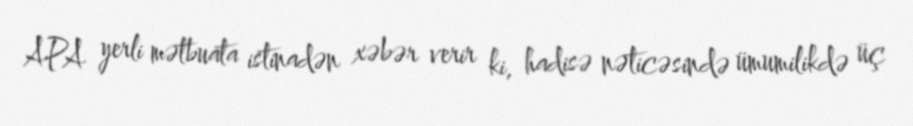
APA yerli mətbuata istinadən xəbər verir ki, hadisə nəticəsində ümumilikdə üç